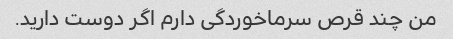
من چند قرص سرماخوردگی دارم اگر دوست دارید.